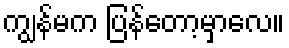
ကျွန်မက ပြန်တော့မှာလေ။